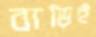
বাড়িই